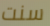
سنت